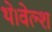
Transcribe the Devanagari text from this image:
थे।वेल्श